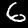
Label: 6